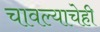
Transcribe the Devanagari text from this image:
चावल्याचेही